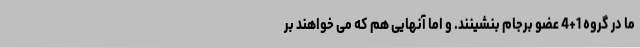
ما در گروه 1+4 عضو برجام بنشینند. و اما آنهایی هم که می خواهند بر